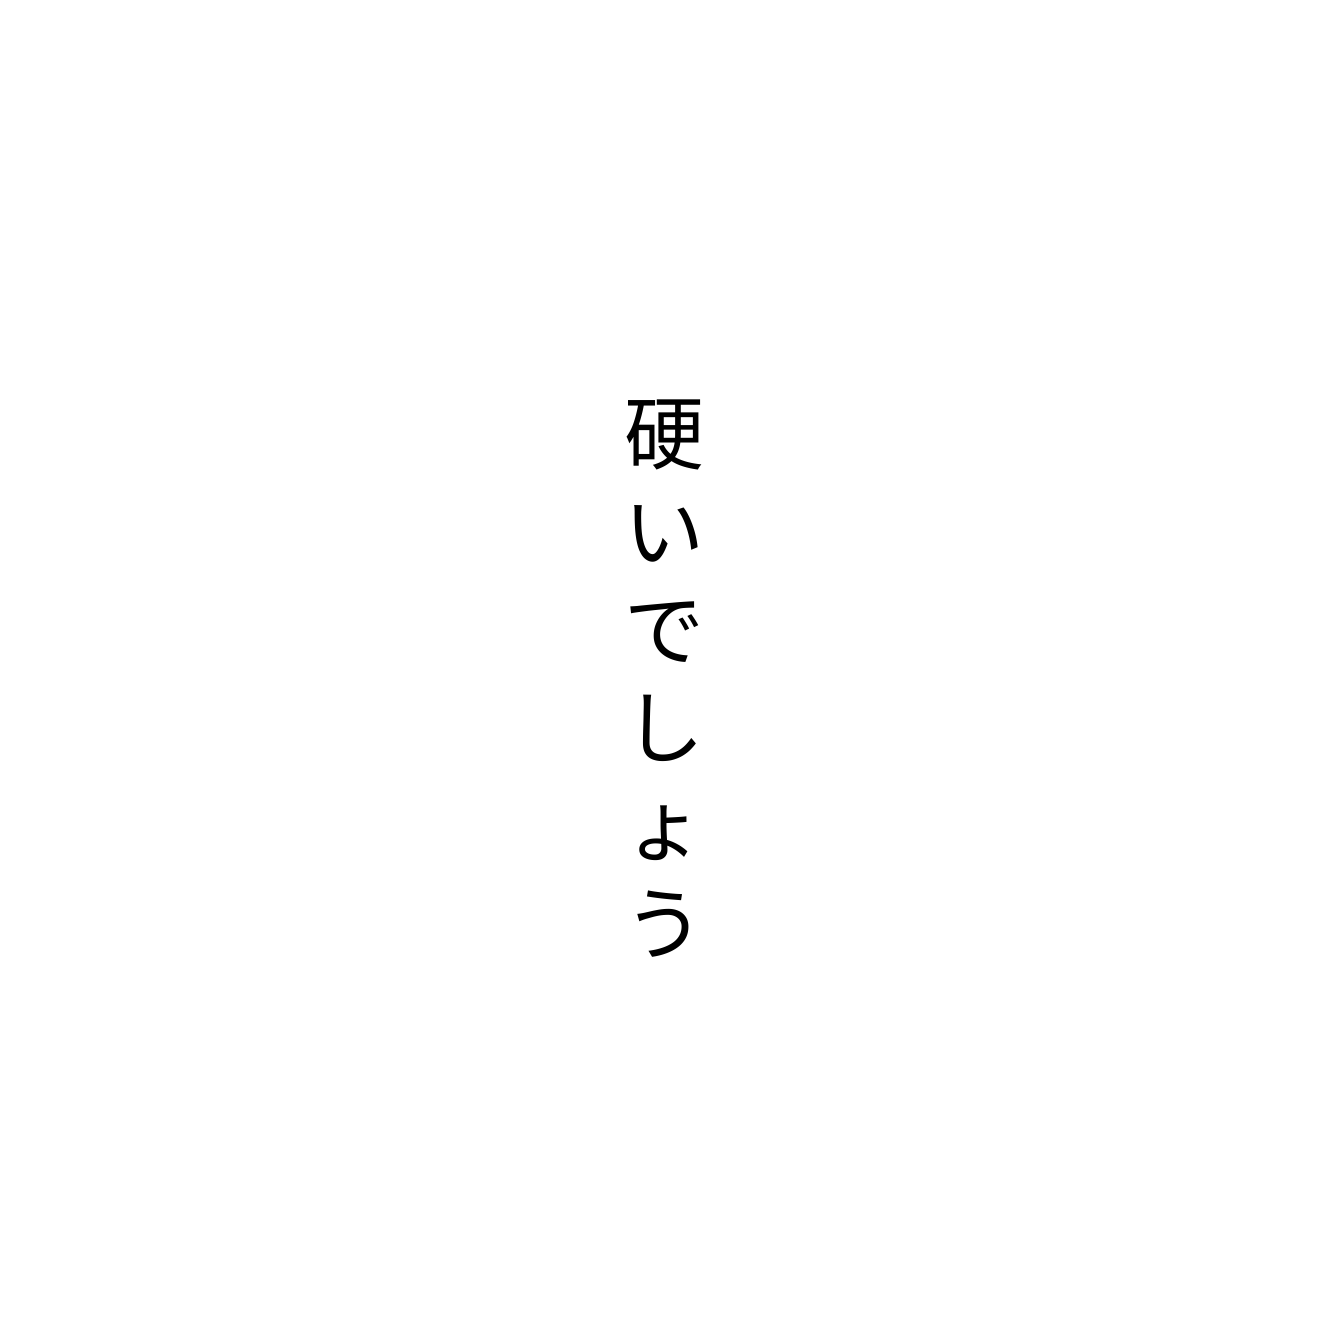
硬いでしょう